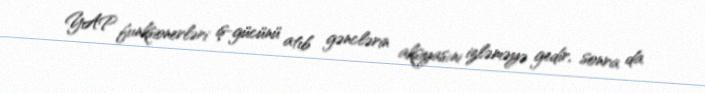
YAP funksionerləri iş-gücünü atıb gənclərin aksiyasını izləməyə gedir, sonra da